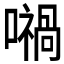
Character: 𡁜